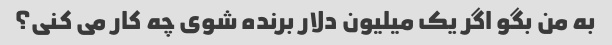
به من بگو اگر یک میلیون دلار برنده شوی چه کار می کنی؟